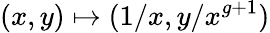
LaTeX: (x,y)\mapsto(1/x,y/x^{g+1})